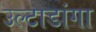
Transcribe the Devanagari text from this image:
उल्टाडांगा